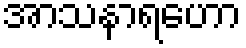
အာသနာရဟော